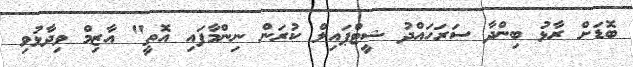
ބޮޑަށް ރާޅު ބިންދާ ސަރަހައްދު ޝީޓްޕައިލް ކުރަން ނިންމާފައި އޮތީ" އާޒިމް ވިދާޅުވި